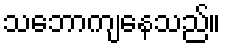
သဘောကျနေသည်။